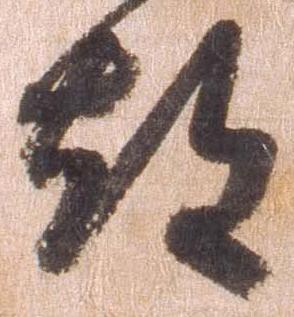
都